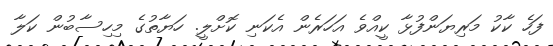
ފަހެ ކާކު މަރިޔަންފުޅާ ކީއްވެ އަހަރެން އެކަނި ކޮށްލީ. ހަޔާތުގެ މިހިސާބުން ކަލާ